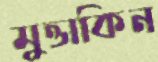
মুত্তাকিন